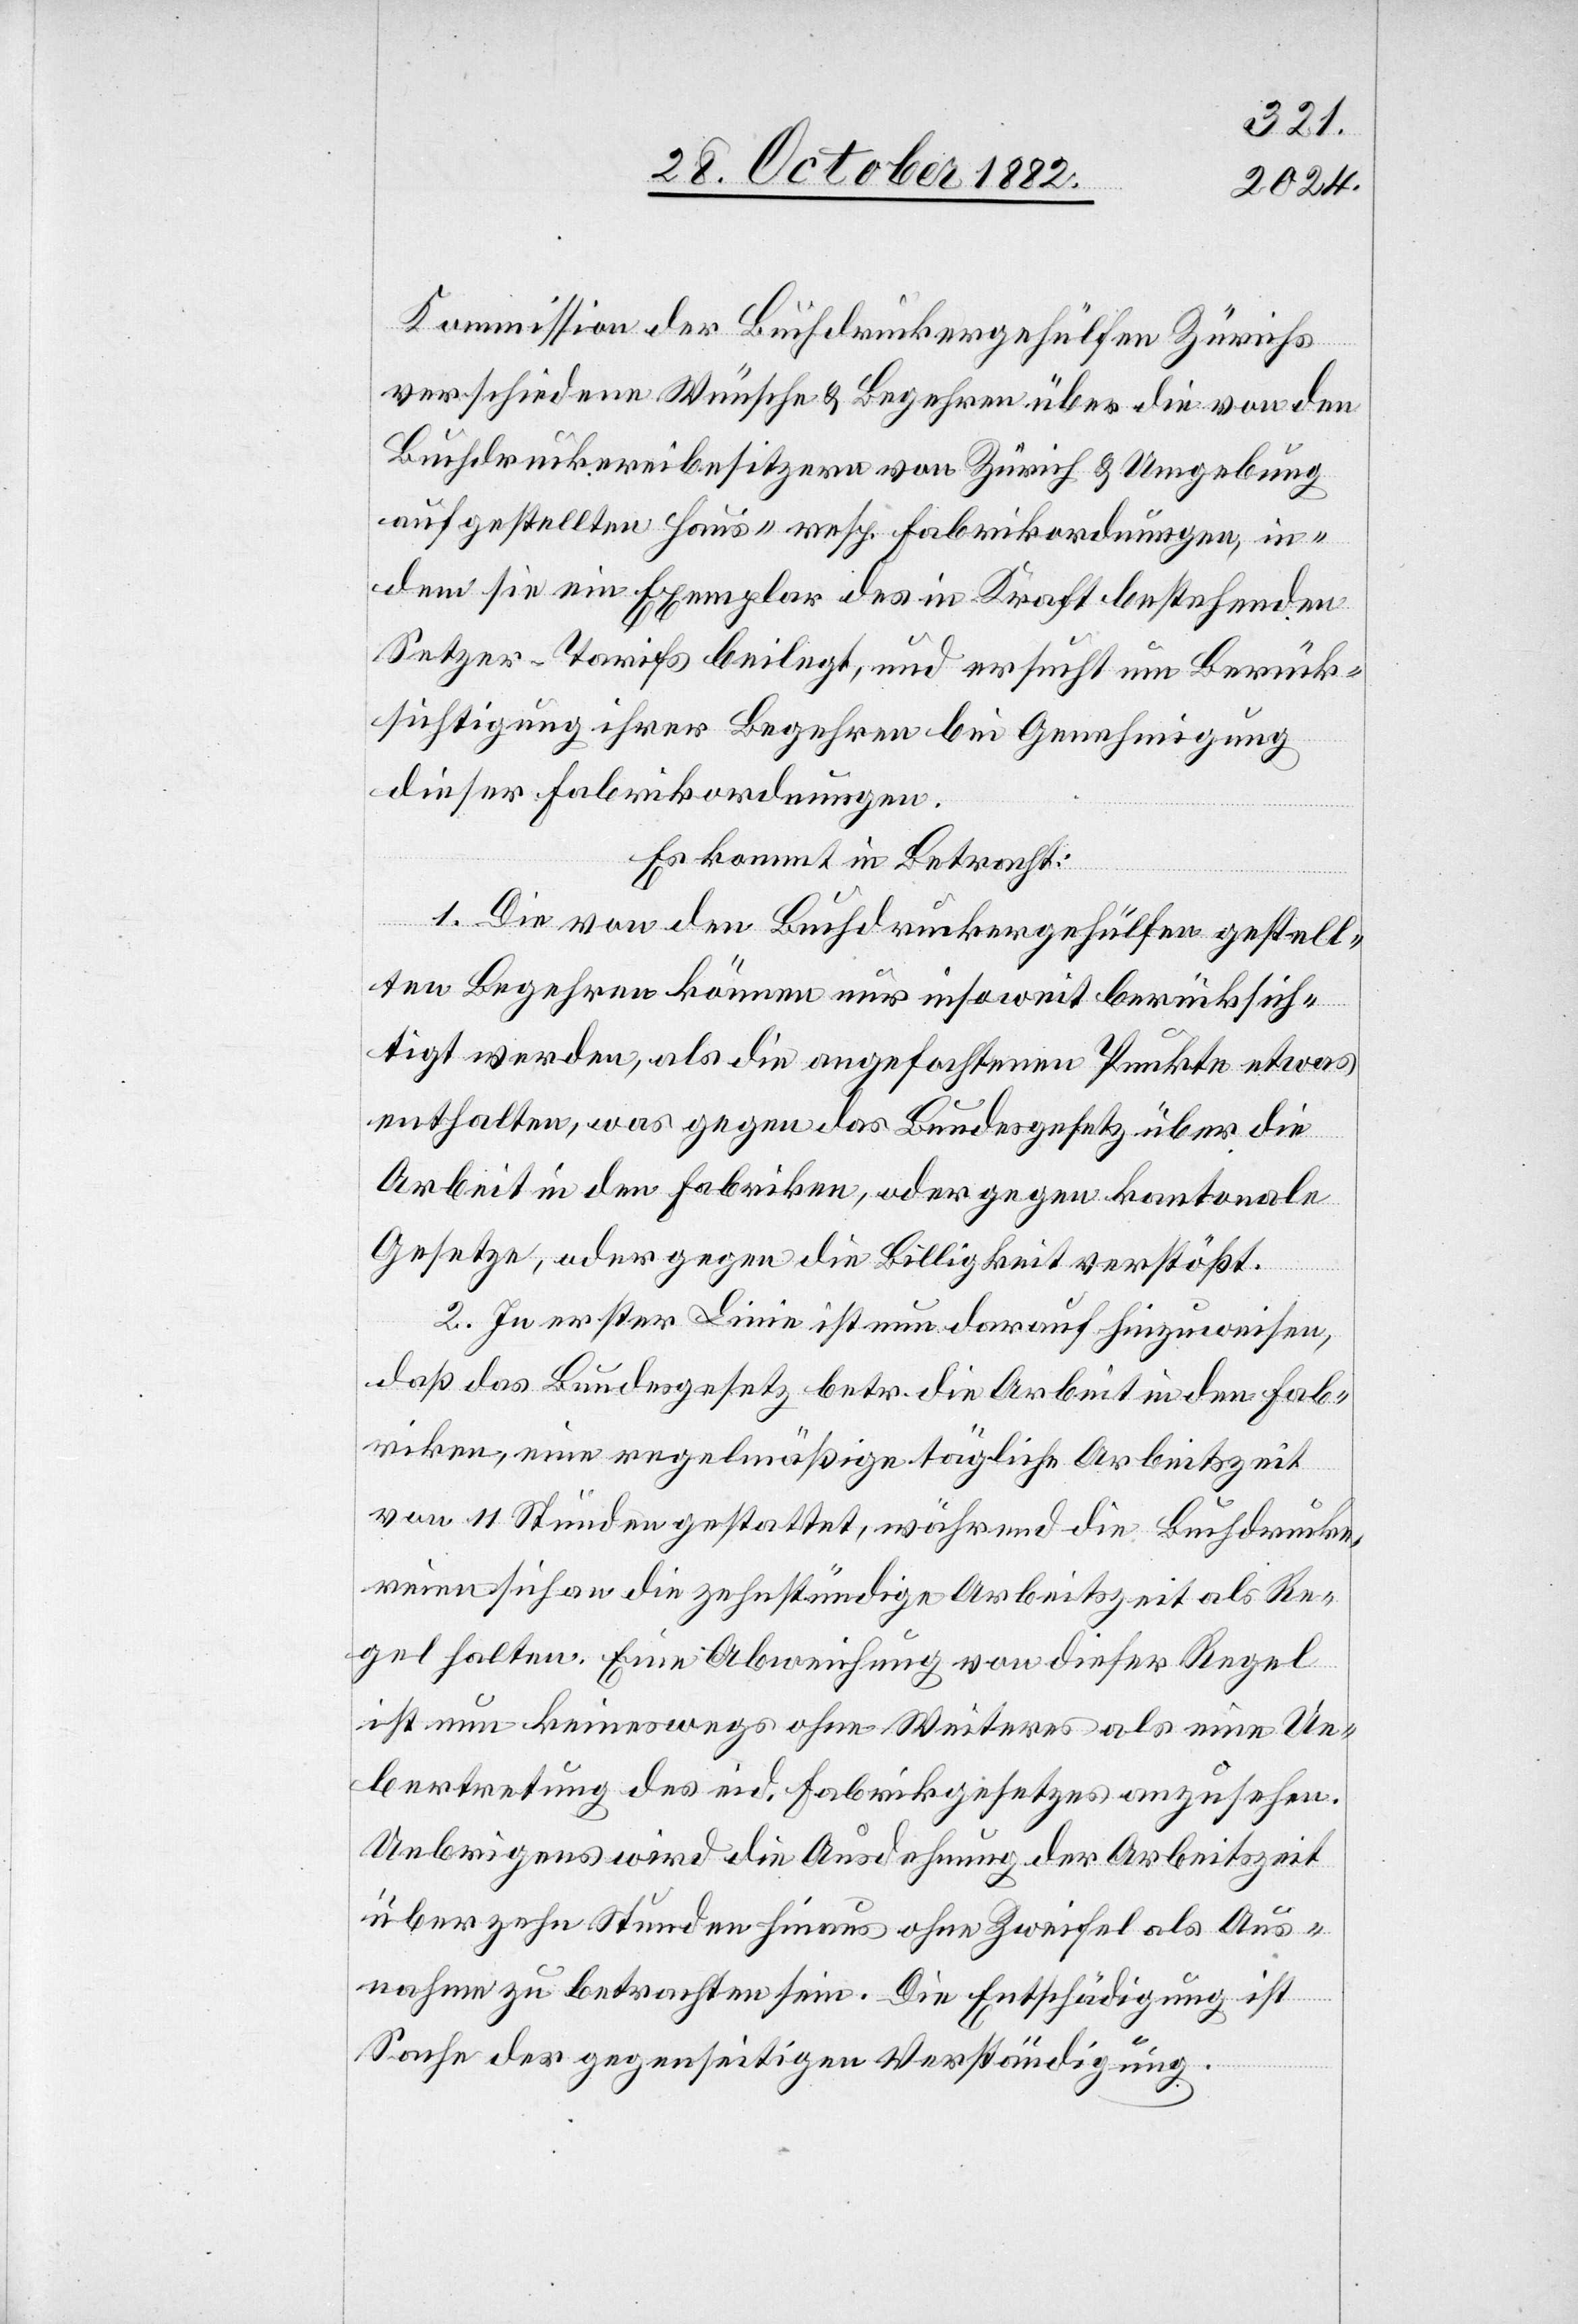
Kommission der Buchdruckergehülfen Zürichs
verschiedene Wünsche & Begehren über die von den
Buchdruckereibesitzern von Zürich & Umgebung
aufgestellten Haus- resp. Fabrikordnungen, in¬
dem sie ein Exemplar des in Kraft bestehenden
Setzer-Tarifs beilegt, und ersucht um Berück¬
sichtigung ihrer Begehren bei Genehmigung
dieser Fabrikordnungen.
Es kommt in Betracht:
1. Die von den Buchdruckergehülfen gestell¬
ten Begehren können nur insoweit berücksich¬
tigt werden, als die angefochtenen Punkte etwas
enthalten, was gegen das Bundesgesetz über die
Arbeit in den Fabriken, oder gegen kantonale
Gesetze, oder gegen die Billigkeit verstößt.
2. In erster Linie ist nun darauf hinzuweisen,
daß das Bundesgesetz betr. die Arbeit in den Fab¬
riken, eine regelmäßige tägliche Arbeitszeit
von 11 Stunden gestattet, während die Buchdrucke¬
reien sich an die zuständige Arbeitszeit als Re¬
gel halten. Eine Abweichung von dieser Regel
ist nun keineswegs ohne Weiteres als eine Ue¬
bertretung des eid. Fabrikgesetzes anzusehen.
Uebrigens wird die Ausdehnung der Arbeitszeit
über zehn Stunden hinaus ohne Zweifel als Aus¬
nahme zu betrachten sein. Die Entschädigung ist
Sache der gegenseitigen Verständigung.